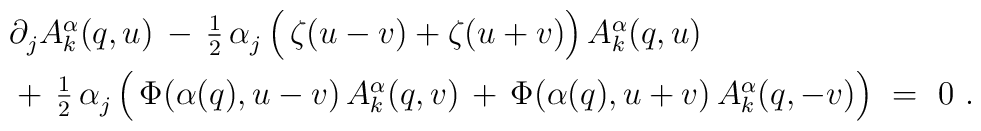
\begin{array}{l}         \partial_j^{} A_k^\alpha(q,u) \, - \,         {\textstyle \frac{1}{2}} \, \alpha_j^{} \,         \Bigl( \, \zeta(u-v) + \zeta(u+v) \Bigr) \, A_k^\alpha(q,u) \\[2mm]         \mbox{} + \, {\textstyle \frac{1}{2}} \, \alpha_j^{} \,         \Bigl( \, \Phi(\alpha(q),u-v) \, A_k^\alpha(q,v) \, + \,                   \Phi(\alpha(q),u+v) \, A_k^\alpha(q,-v) \Bigr)~         =~0~.        \end{array}